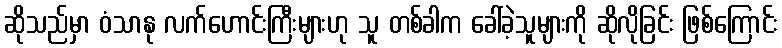
ဆိုသည်မှာ ဝံသာနု လက်ဟောင်းကြီးများဟု သူ တစ်ခါက ခေါ်ခဲ့သူများကို ဆိုလိုခြင်း ဖြစ်ကြောင်း